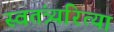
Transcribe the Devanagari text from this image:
स्वतंत्र्यरित्या